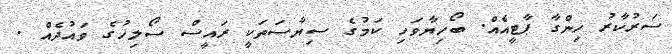
ސަރުކާރު ހިންގާ ޕާޓީއެއް. ބޯހިޔާވަހި ކަމުގެ ސިޔާސަތަކީ ރައީސް ސޯލިހުގެ ވައުދެއް .